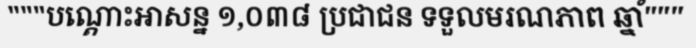
"""បណ្តោះអាសន្ន ១,០៣៨ ប្រជាជន ទទួលមរណភាព ឆ្នាំ"""